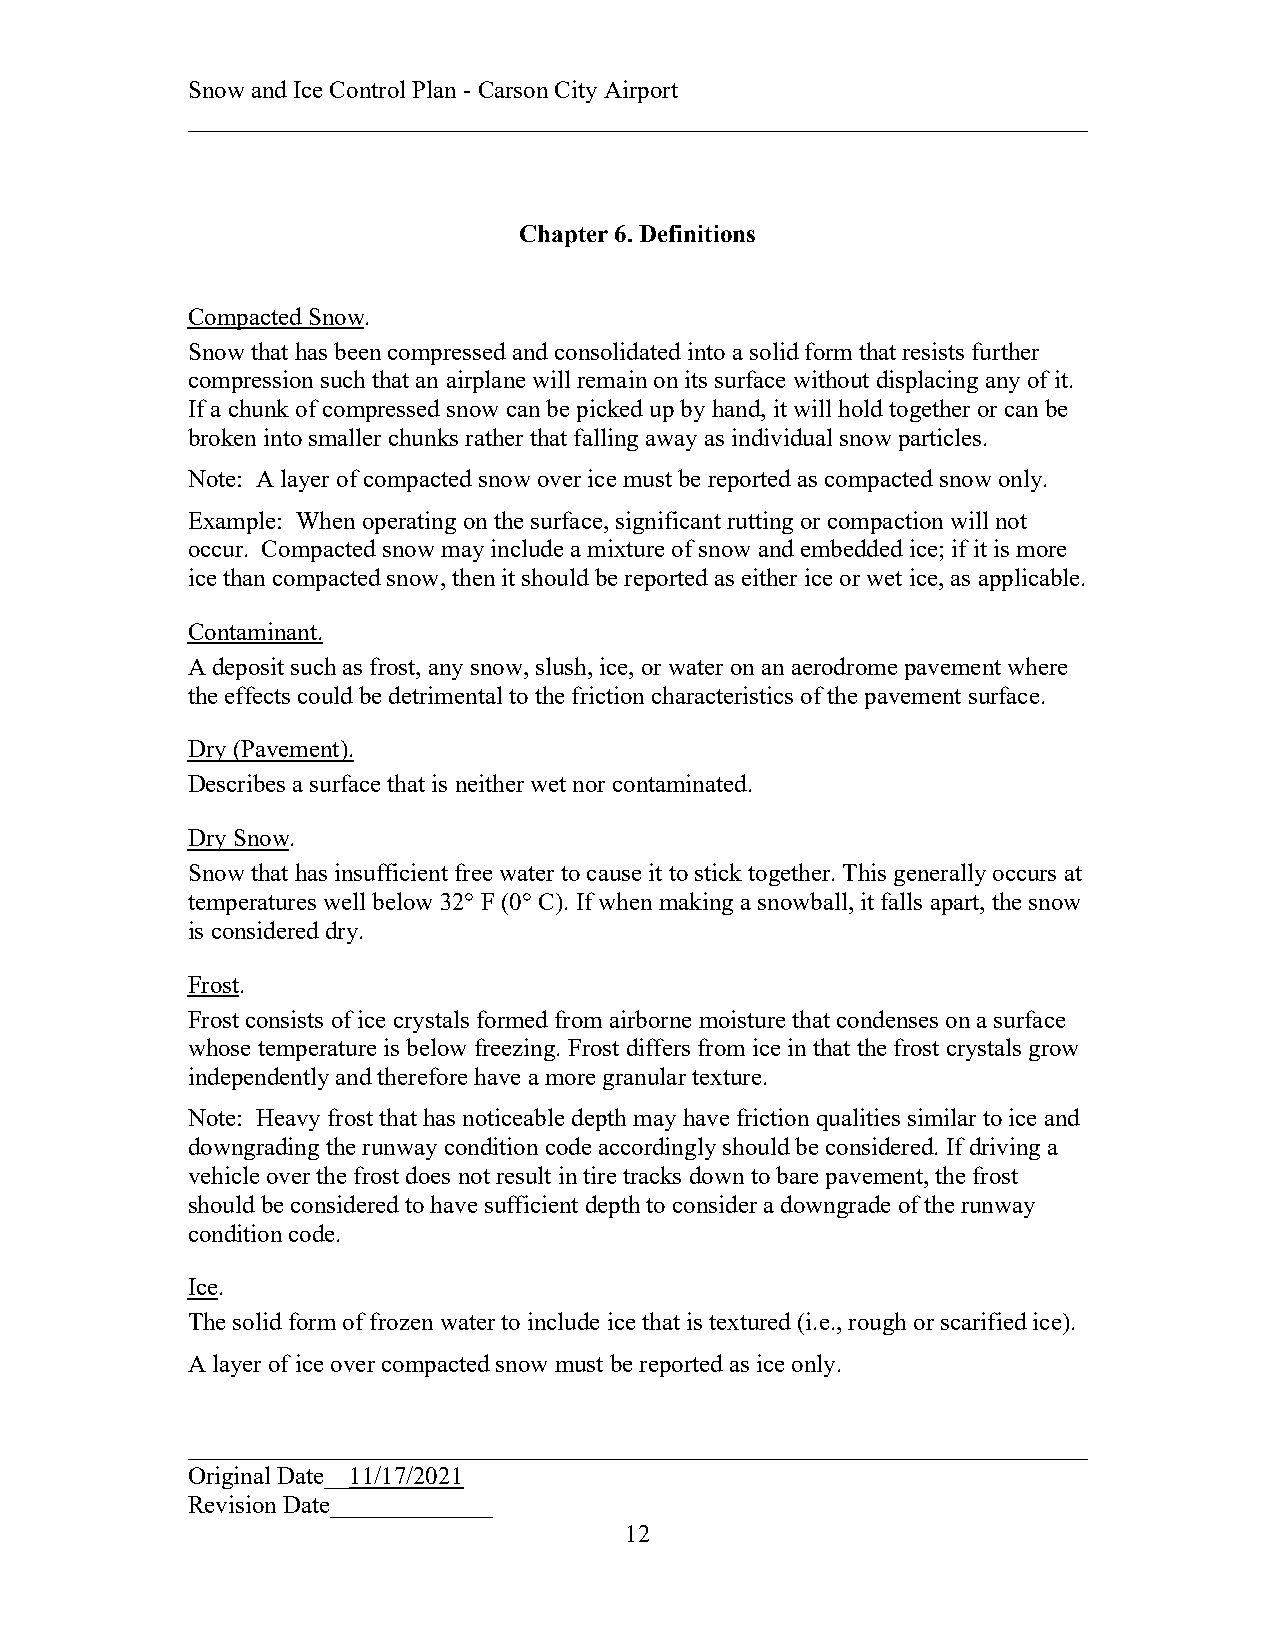
Snow and Ice Control Plan - Carson City Airport
 ________________________________________________________________________
 Chapter 6. Definitions
 Compacted Snow.
 Snow that has been compressed and consolidated into a solid form that resists further
 compression such that an airplane will remain on its surface without displacing any of it.
 If a chunk of compressed snow can be picked up by hand, it will hold together or can be
 broken into smaller chunks rather that falling away as individual snow particles.
 Note: A layer of compacted snow over ice must be reported as compacted snow only.
 Example: When operating on the surface, significant rutting or compaction will not
 occur. Compacted snow may include a mixture of snow and embedded ice; if it is more
 ice than compacted snow, then it should be reported as either ice or wet ice, as applicable.
 Contaminant.
 A deposit such as frost, any snow, slush, ice, or water on an aerodrome pavement where
 the effects could be detrimental to the friction characteristics of the pavement surface.
 Dry (Pavement).
 Describes a surface that is neither wet nor contaminated.
 Dry Snow.
 Snow that has insufficient free water to cause it to stick together. This generally occurs at
 temperatures well below 32° F (0° C). If when making a snowball, it falls apart, the snow
 is considered dry.
 Frost.
 Frost consists of ice crystals formed from airborne moisture that condenses on a surface
 whose temperature is below freezing. Frost differs from ice in that the frost crystals grow
 independently and therefore have a more granular texture.
 Note: Heavy frost that has noticeable depth may have friction qualities similar to ice and
 downgrading the runway condition code accordingly should be considered. If driving a
 vehicle over the frost does not result in tire tracks down to bare pavement, the frost
 should be considered to have sufficient depth to consider a downgrade of the runway
 condition code.
 Ice.
 The solid form of frozen water to include ice that is textured (i.e., rough or scarified ice).
 A layer of ice over compacted snow must be reported as ice only.
 ________________________________________________________________________
 Original Date__11/17/2021
 Revision Date_____________
 12